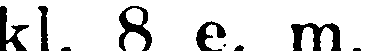
kl. 8 e. m.